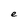
Character: e